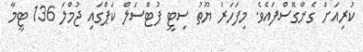
ކުރިއަށް ގެންގޮސްފައެވެ. މިފަހަރު ޔޫތު ސިޓީ ފުޓްސަލް ކަޕްގައި ޖުމްލަ 136 ޓީމާ